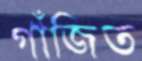
গাঁজিত